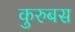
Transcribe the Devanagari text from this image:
कुरुबस